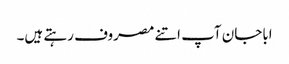
اباجان آپ اتنے مصروف رہتے ہیں۔